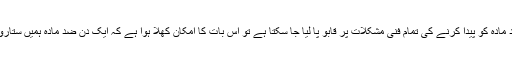
لیکن فرض کریں کہ ضد مادّہ کو پیدا کرنے کی تمام فنی مشکلات پر قابو پا لیا جا سکتا ہے تو اس بات کا امکان کھلا ہوا ہے کہ ایک دن ضد مادّہ ہمیں ستاروں کے پار لے جائے گا۔